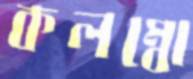
কলম্বো